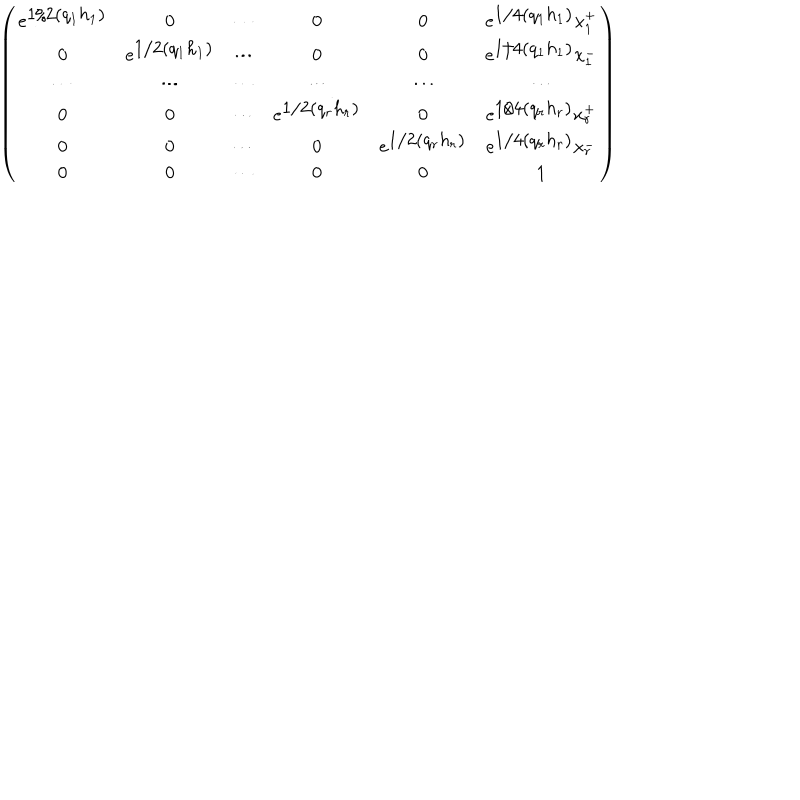
\left( \begin{array} { c c c c c c } { { e ^ { \textstyle 1 / 2 ( q _ { 1 } h _ { 1 } ) } } } & { { 0 } } & { { \cdots } } & { { 0 } } & { { 0 } } & { { e ^ { \textstyle 1 / 4 ( q _ { 1 } h _ { 1 } ) } x _ { 1 } ^ { + } } } \\ { { 0 } } & { { e ^ { \textstyle 1 / 2 ( q _ { 1 } h _ { 1 } ) } } } & { { \cdots } } & { { 0 } } & { { 0 } } & { { e ^ { \textstyle 1 / 4 ( q _ { 1 } h _ { 1 } ) } x _ { 1 } ^ { - } } } \\ { { \cdots } } & { { \cdots } } & { { \cdots } } & { { \cdots } } & { { \cdots } } & { { \cdots } } \\ { { 0 } } & { { 0 } } & { { \cdots } } & { { e ^ { \textstyle 1 / 2 ( q _ { r } h _ { r } ) } } } & { { 0 } } & { { e ^ { \textstyle 1 / 4 ( q _ { r } h _ { r } ) } x _ { r } ^ { + } } } \\ { { 0 } } & { { 0 } } & { { \cdots } } & { { 0 } } & { { e ^ { \textstyle 1 / 2 ( q _ { r } h _ { r } ) } } } & { { e ^ { \textstyle 1 / 4 ( q _ { r } h _ { r } ) } x _ { r } ^ { - } } } \\ { { 0 } } & { { 0 } } & { { \cdots } } & { { 0 } } & { { 0 } } & { { 1 } } \\ \end{array} \right)